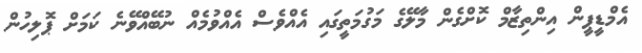
އެމްޑީޕީން އިންތިޒާމް ކޮށްގެން މާލޭގެ މަގުމަތީގައި އެއްވެސް އެއްވުމެއް ނުބޭއްވޭނެ ކަމަށް ޕޮލިހުން